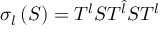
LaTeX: \sigma _ { l } \left( S \right) = T ^ { l } S T ^ { \hat { l } } S T ^ { l }